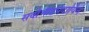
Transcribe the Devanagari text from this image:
सर्वाभीष्टप्रदायिने